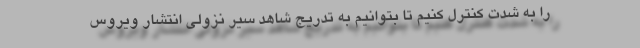
را به شدت کنترل کنیم تا بتوانیم به تدریج شاهد سیر نزولی انتشار ویروس